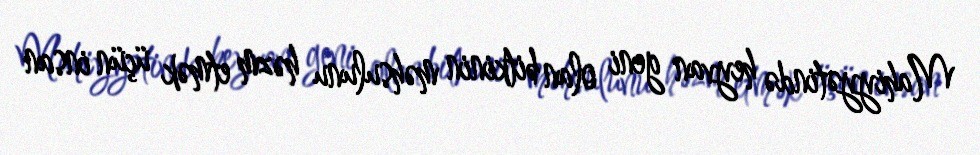
Mahiyyətində heyvan geni olan bitkinin məhsulunu həzm etmək üçün insan